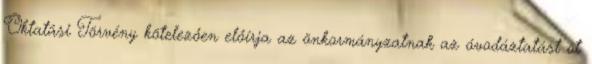
Oktatási Törvény kötelezően előírja az önkormányzatnak az óvodáztatást öt